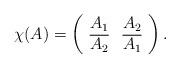
LaTeX: \begin{align*}\chi(A)=\left(\begin{array}{cc} A_1&A_2 \\ \overline{A_2}&\overline{A_1} \\ \end{array}\right).\end{align*}